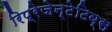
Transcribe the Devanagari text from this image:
रिप्रेजेन्टेटिव्स